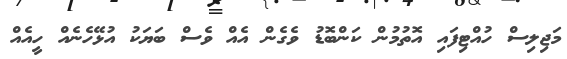
މަޖިލިސް ހުއްޓިފައި އޮތުމުން ކަންބޮޑު ވެގެން އެއް ވެސް ބަޔަކު އުޅޭހެނެއް ހީއެއް